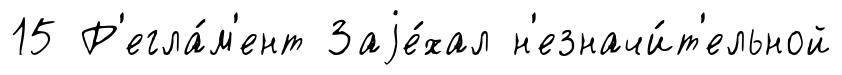
15 Р'егла́м'ент Заjе́хал н'езначи́т'ельной